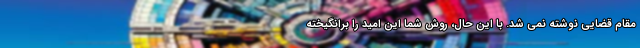
مقام قضایی نوشته نمی شد. با این حال، روش شما این امید را برانگیخته